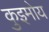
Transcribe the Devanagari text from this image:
कुइमोय